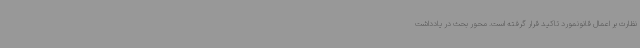
نظارت بر اعمال قانونمورد تاکید قرار گرفته است. محور بحث در یادداشت